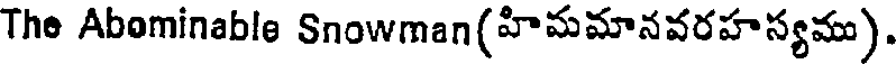
The Abominable Snowman(హిమమానవరహస్యము).